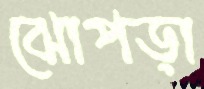
ঝোপড়া